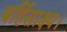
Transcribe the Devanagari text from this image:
बर्हिसाक्ष्य।